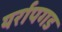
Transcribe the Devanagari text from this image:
यर्रापगड